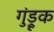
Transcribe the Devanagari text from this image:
गुंड्रूक